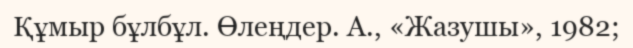
Құмыр бұлбұл. Өлеңдер. А., «Жазушы», 1982;